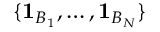
\{ \mathbf { 1 } _ { B _ { 1 } } , \dotsc , \mathbf { 1 } _ { B _ { N } } \}